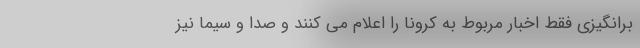
برانگیزی فقط اخبار مربوط به کرونا را اعلام می کنند و صدا و سیما نیز